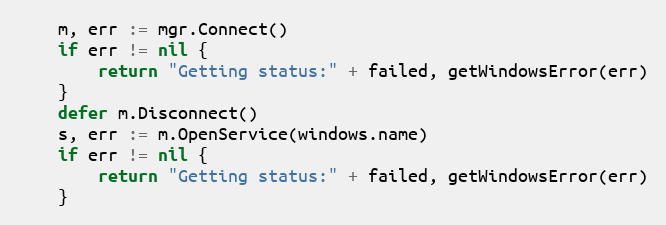
Language: Go
	m, err := mgr.Connect()
	if err != nil {
		return "Getting status:" + failed, getWindowsError(err)
	}
	defer m.Disconnect()
	s, err := m.OpenService(windows.name)
	if err != nil {
		return "Getting status:" + failed, getWindowsError(err)
	}